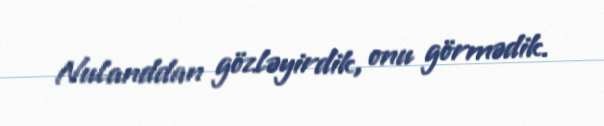
Nulanddan gözləyirdik, onu görmədik.